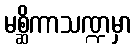
မစ္ဆိကာသဏ္ဍမှာ